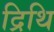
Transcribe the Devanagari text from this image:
द्रिथि